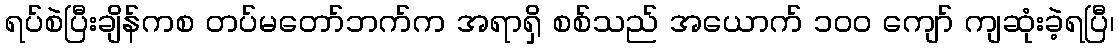
ရပ်စဲပြီးချိန်ကစ တပ်မတော်ဘက်က အရာရှိ စစ်သည် အယောက် ၁၀၀ ကျော် ကျဆုံးခဲ့ရပြီ၊